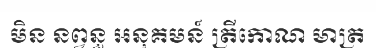
មិន នព្វន្ធ អនុគមន៍ ត្រីកោណ មាត្រ